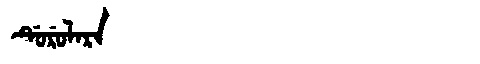
Manchu: ᡩᡠᡵᡠᠯᠠᡵᠠ
Romanization: DURULARA